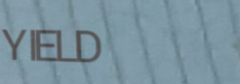
YIELD